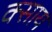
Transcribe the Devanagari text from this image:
क्साय